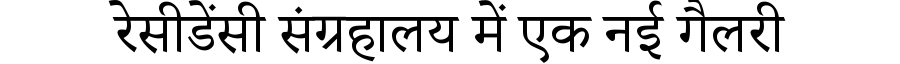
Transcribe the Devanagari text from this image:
रेसीडेंसी संग्रहालय में एक नई गैलरी